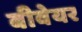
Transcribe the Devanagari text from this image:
बीवेयर